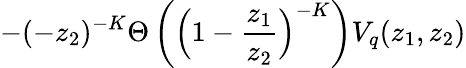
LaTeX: -(-z_{2})^{-K}\Theta\left(\Big(1-\frac{z_{1}}{z_{2}}\Big)^{-K}\right)V_{q}(z_{1},z_{2})